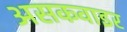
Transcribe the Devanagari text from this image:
असकवाइर